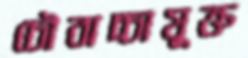
চৌবাচ্চাযুক্ত